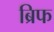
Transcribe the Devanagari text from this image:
ब्रिफ